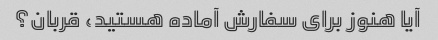
آیا هنوز برای سفارش آماده هستید، قربان؟